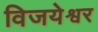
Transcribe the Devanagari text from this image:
विजयेश्वर